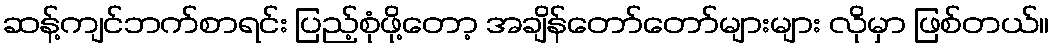
ဆန့်ကျင်ဘက်စာရင်း ပြည့်စုံဖို့တော့ အချိန်တော်တော်များများ လိုမှာ ဖြစ်တယ်။